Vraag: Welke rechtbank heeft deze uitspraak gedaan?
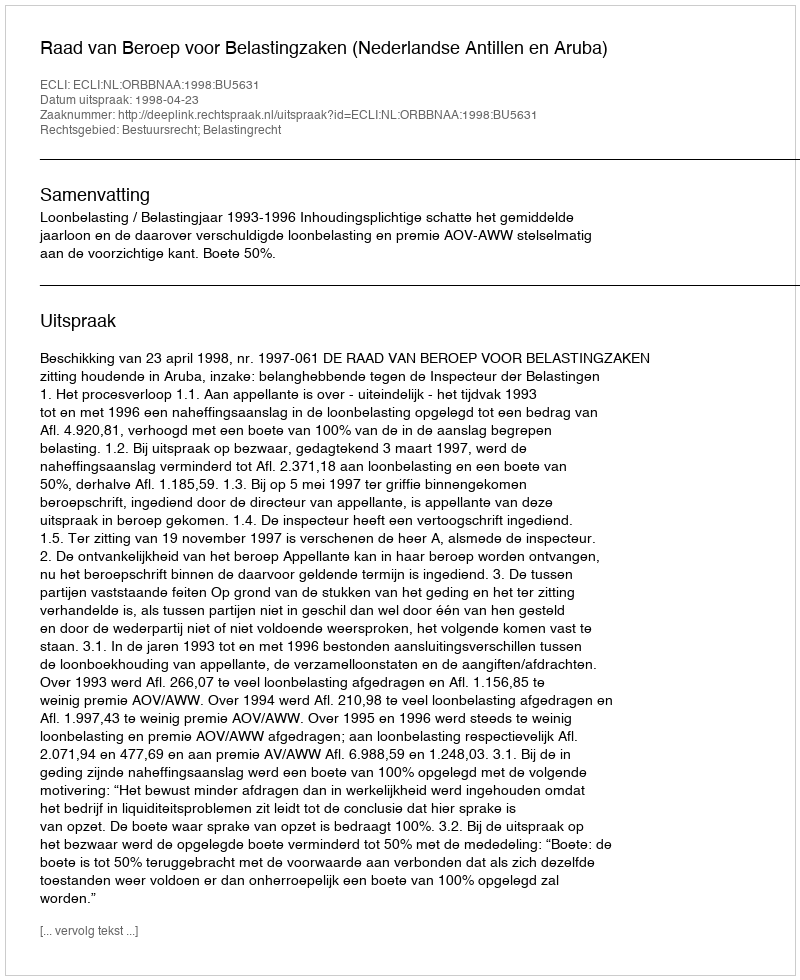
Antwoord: Raad van Beroep voor Belastingzaken (Nederlandse Antillen en Aruba)